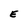
Character: E